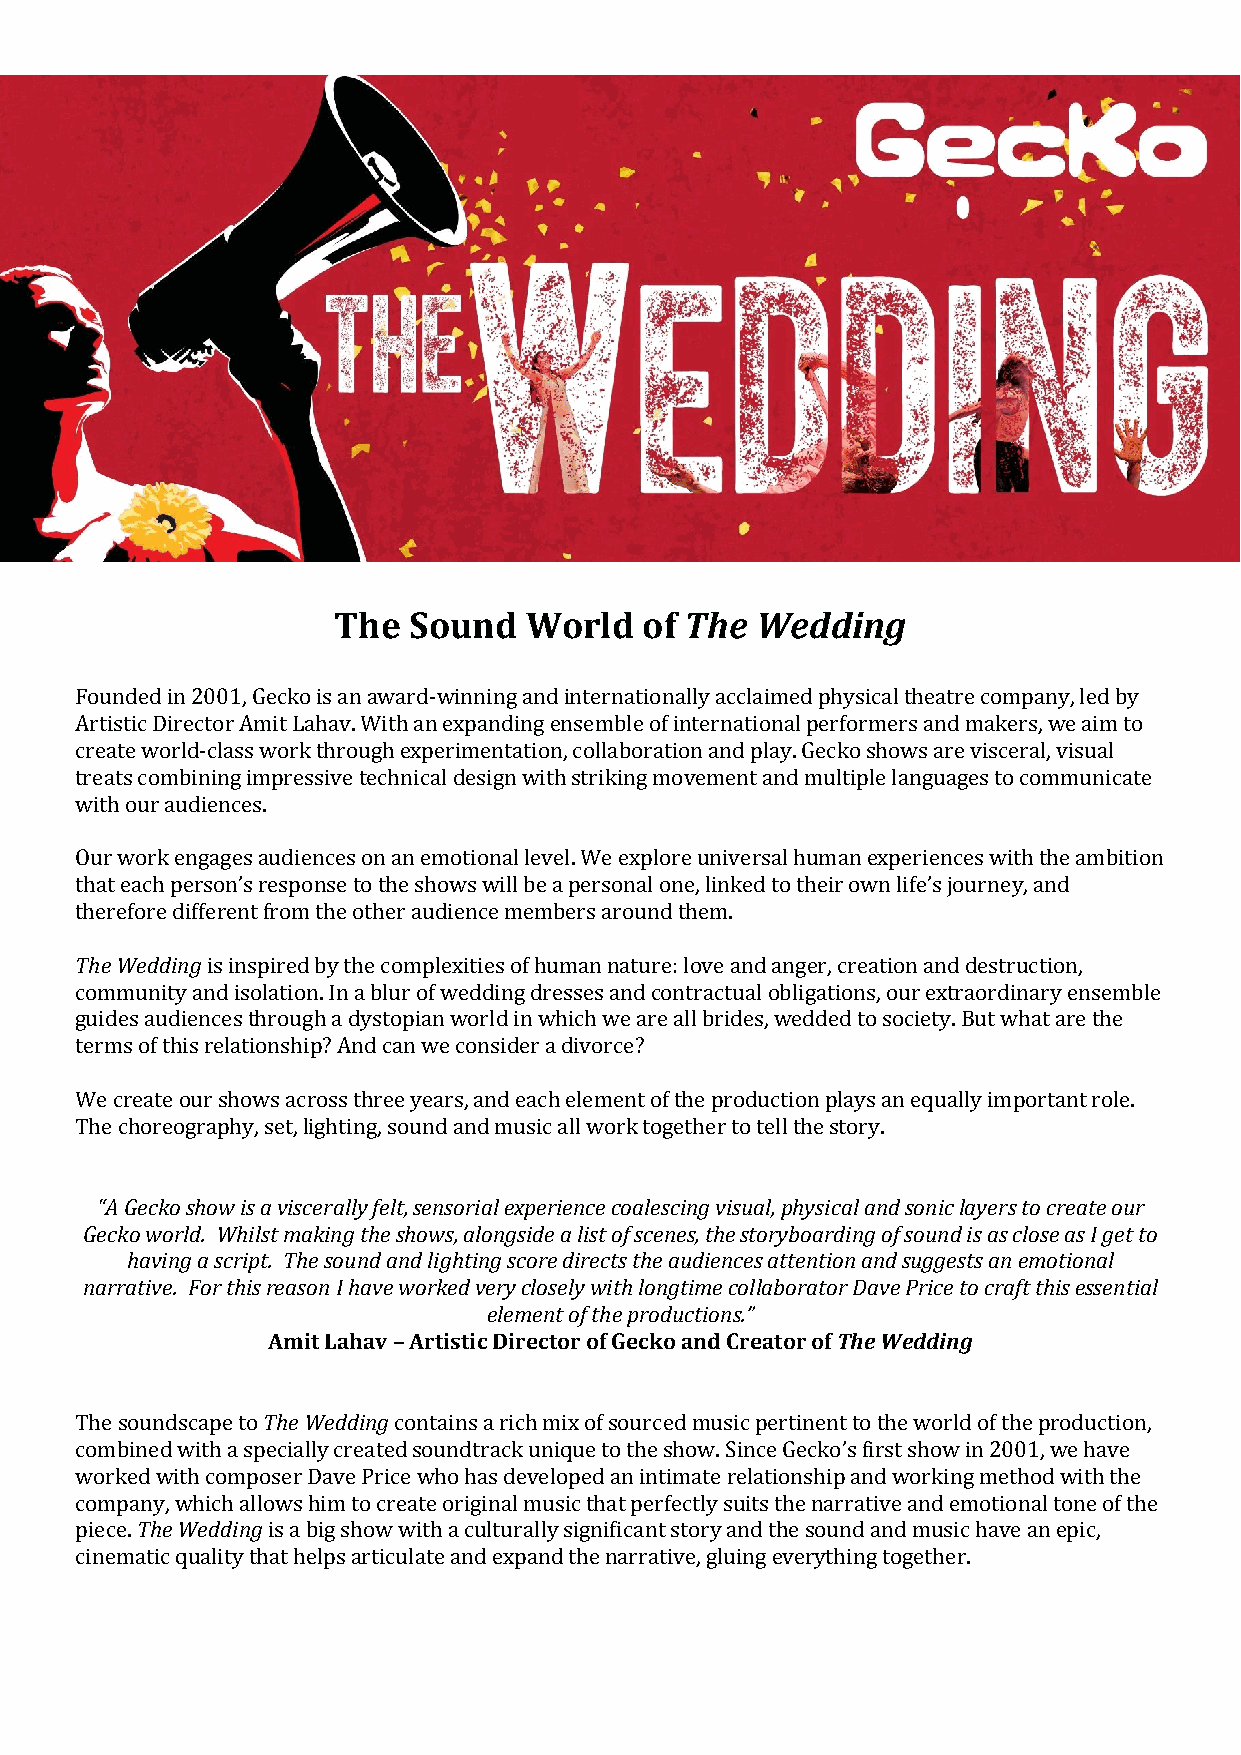
The  Sound   World   of The Wedding
 Founded in 2001, Gecko is an award-winning and internationally acclaimed physical theatre company, led by
 Artistic Director Amit Lahav. With an expanding ensemble of international performers and makers, we aim to
 create world-class work through experimentation, collaboration and play. Gecko shows are visceral, visual
 treats combining impressive technical design with striking movement and multiple languages to communicate
 with our audiences.
 Our work engages audiences on an emotional level. We explore universal human experiences with the ambition
 that each person’s response to the shows will be a personal one, linked to their own life’s journey, and
 therefore different from the other audience members around them.
 The Wedding is inspired by the complexities of human nature: love and anger, creation and destruction,
 community and isolation. In a blur of wedding dresses and contractual obligations, our extraordinary ensemble
 guides audiences through a dystopian world in which we are all brides, wedded to society. But what are the
 terms of this relationship? And can we consider a divorce?
 We create our shows across three years, and each element of the production plays an equally important role.
 The choreography, set, lighting, sound and music all work together to tell the story.
 “A Gecko show is a viscerally felt, sensorial experience coalescing visual, physical and sonic layers to create our
 Gecko world. Whilst making the shows, alongside a list of scenes, the storyboarding of sound is as close as I get to
 having a script. The sound and lighting score directs the audiences attention and suggests an emotional
 narrative. For this reason I have worked very closely with longtime collaborator Dave Price to craft this essential
 element of the productions.”
 Amit Lahav – Artistic Director of Gecko and Creator of The Wedding
 The soundscape to The Wedding contains a rich mix of sourced music pertinent to the world of the production,
 combined with a specially created soundtrack unique to the show. Since Gecko’s first show in 2001, we have
 worked with composer Dave Price who has developed an intimate relationship and working method with the
 company, which allows him to create original music that perfectly suits the narrative and emotional tone of the
 piece. The Wedding is a big show with a culturally significant story and the sound and music have an epic,
 cinematic quality that helps articulate and expand the narrative, gluing everything together.